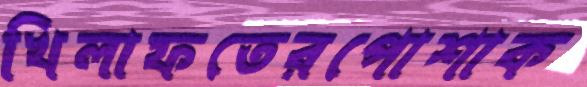
খিলাফতেরপোশাক